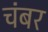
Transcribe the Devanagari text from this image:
चंबर